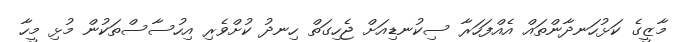
މާޒީގެ ކަޅުހަނދާންތައް އެއްފަހަރާ ސިކުނޑިއަށް ޖެހިގަތް ހިނދު ކުށްވެރި އިހުސާސްތަކުން މުޅި މީހާ